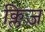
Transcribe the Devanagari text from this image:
क्लिज़